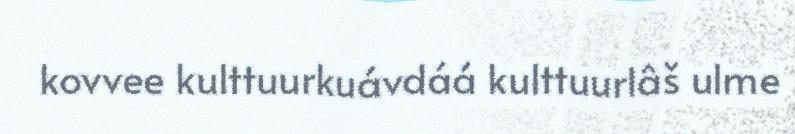
kovvee kulttuurkuávdáá kulttuurlâš ulme